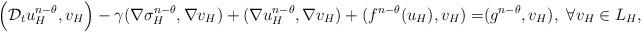
LaTeX: \begin{align*}\Big{(}\mathcal{D}_tu_H^{n-\theta},v_H\Big{)}-\gamma(\nabla \sigma_H^{n-\theta},\nabla v_H)+(\nabla u_H^{n-\theta},\nabla v_H)+(f^{n-\theta}(u_H),v_H)=&(g^{n-\theta},v_H),~\forall v_H\in L_H,\end{align*}